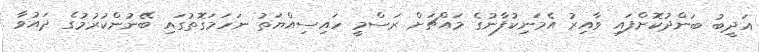
އަދީބު ބަންދުކޮށްފައި ވާއިރު އެމަނިކުފާނުގެ މައްޗަށް ރަސްމީ ހައިސިއްޔަތު ނަހަމަގޮތުގައި ބޭނުންކުރުމުގެ ދައުވާ